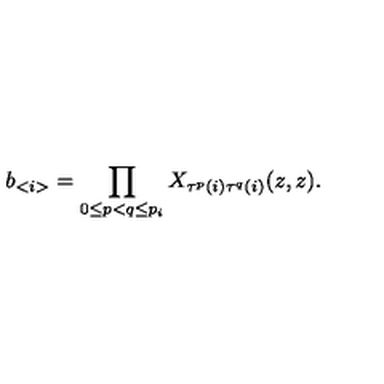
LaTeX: b _ { < i > } = \prod _ { 0 \leq p < q \leq p _ { i } } X _ { \tau ^ { p } ( i ) \tau ^ { q } ( i ) } ( z , z ) .